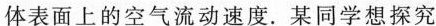
体表面上的空气流动速度.某同学想探究